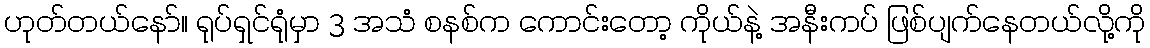
ဟုတ်တယ်နော်။ ရုပ်ရှင်ရုံမှာ 3 အသံ စနစ်က ကောင်းတော့ ကိုယ်နဲ့ အနီးကပ် ဖြစ်ပျက်နေတယ်လို့ကို